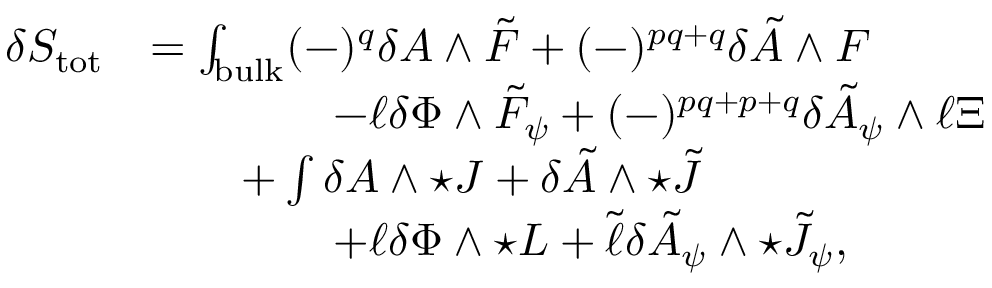
\begin{array} { r l } { \delta S _ { \mathrm { t o t } } } & { = \int _ { \mathrm { b u l k } } ( - ) ^ { q } \delta A \wedge \tilde { F } + ( - ) ^ { p q + q } \delta \tilde { A } \wedge F } \\ & { \qquad \qquad - \ell \delta \Phi \wedge \tilde { F } _ { \psi } + ( - ) ^ { p q + p + q } \delta \tilde { A } _ { \psi } \wedge \ell \Xi } \\ & { \qquad + \int \delta A \wedge \star J + \delta \tilde { A } \wedge \star \tilde { J } } \\ & { \qquad \qquad + \ell \delta \Phi \wedge \star L + \tilde { \ell } \delta \tilde { A } _ { \psi } \wedge \star \tilde { J } _ { \psi } , } \end{array}